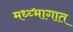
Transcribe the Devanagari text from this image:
मध्य्भागात